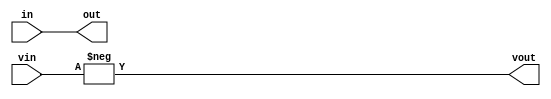
module f31_test(output out, input in, output [31:0] vout, input [31:0] vin);
assign out = -in;
assign vout = -vin;
endmodule